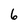
Character: 6